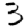
Digit: 3